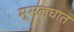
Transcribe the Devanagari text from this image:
मूसलघात